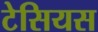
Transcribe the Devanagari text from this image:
टेसियस